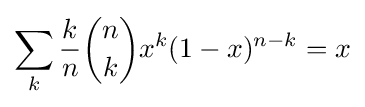
\sum _{k}{k \over n}{n \choose k}x^{k}(1-x)^{n-k}=x